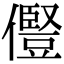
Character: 𠐊